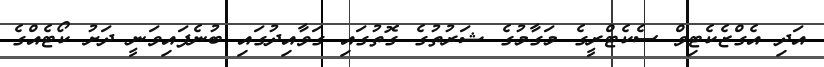
އަދި އެގްޒެކެޓިވް ސެކެޓްރީގެ މަގާމުގެ ޝަރުތުގެ ގޮތުގައި ގަވާއިދުގައި ބުނެފައިވަނީ ދަށު ކޯޓެއްގެ